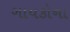
ગાયકોના